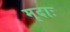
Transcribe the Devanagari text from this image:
मृदाः